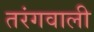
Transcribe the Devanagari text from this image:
तरंगवाली